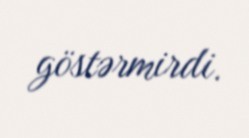
göstərmirdi.